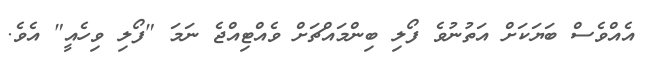
އެއްވެސް ބަޔަކަށް އަތުނުވެ ފޯލި ބިންމައްޗަށް ވެއްޓިއްޖެ ނަމަ "ފޯލި ވިހެއީ" އެވެ.